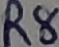
Text: R8